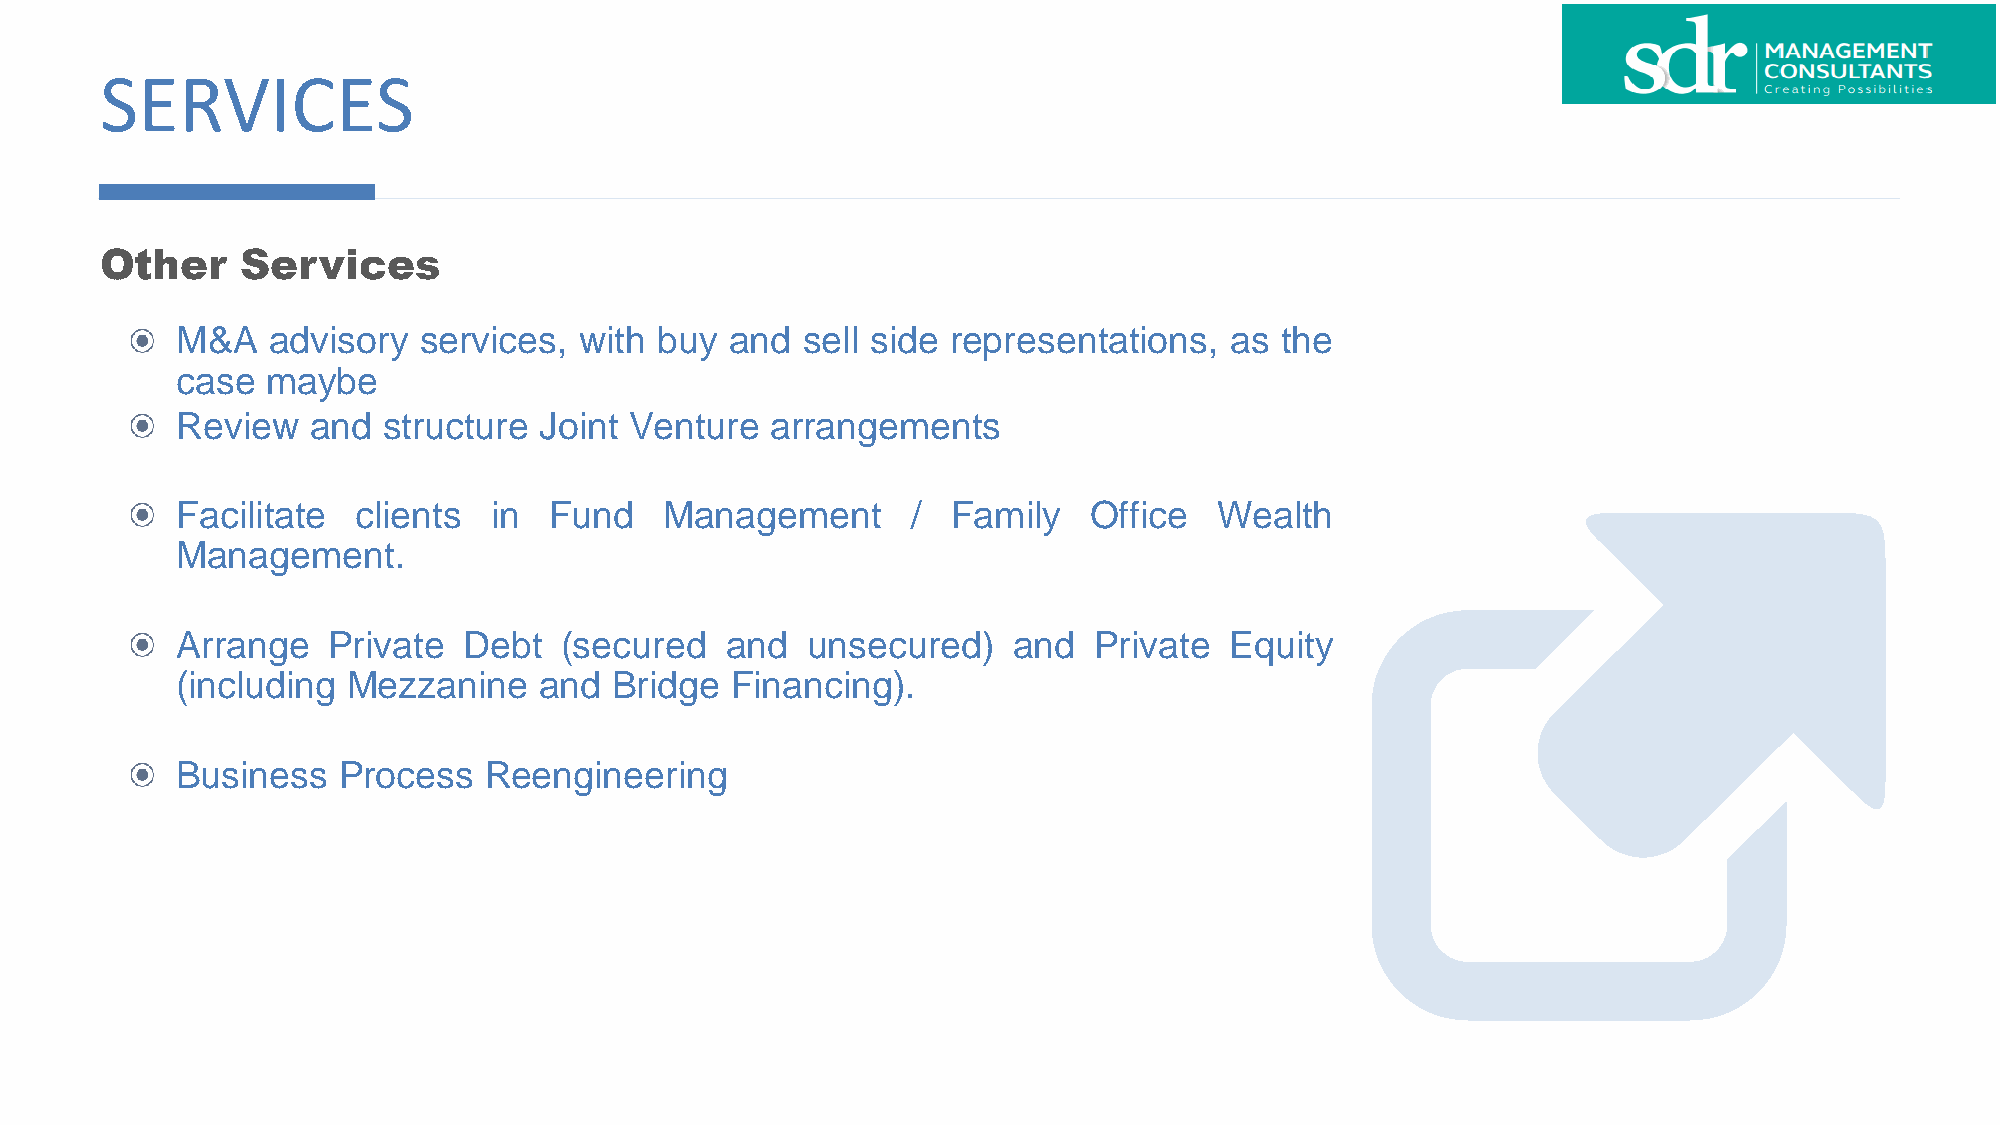
SERVICES
 Other    Services
 M&A   advisory  services, with  buy and  sell side representations,  as  the
 case  maybe
 Review  and  structure  Joint Venture  arrangements
 Facilitate  clients in  Fund    Management      /  Family   Office   Wealth
 Management.
 Arrange   Private  Debt  (secured   and  unsecured)    and  Private  Equity
 (including Mezzanine    and  Bridge Financing).
 Business  Process   Reengineering